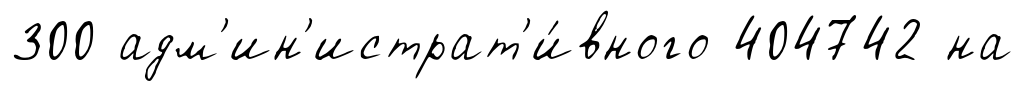
300 адм'ин'истрат'и́вного 404742 на